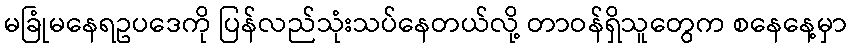
မခြုံမနေရဥပဒေကို ပြန်လည်သုံးသပ်နေတယ်လို့ တာဝန်ရှိသူတွေက စနေနေ့မှာ